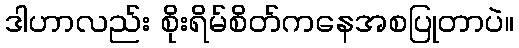
ဒါဟာလည်း စိုးရိမ်စိတ်ကနေအစပြုတာပဲ။